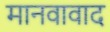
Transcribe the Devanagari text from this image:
मानवावाद